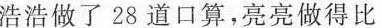
浩浩做了28道口算，亮亮做得比